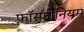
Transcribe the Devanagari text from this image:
फ़ॉस्फ़ोनियम